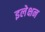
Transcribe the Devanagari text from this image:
इलेक्षन